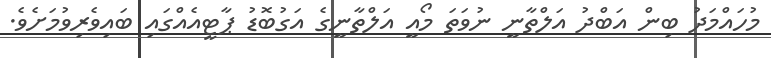
މުހައްމަދު ބިން އަބްދު އަލްތާނީ ނުވަތަ މޯއީ އަލްތާނީގެ އަގުބޮޑު ޕާޓީއެއްގައި ބައިވެރިވުމަށެވެ.